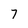
Character: 7